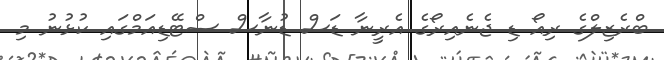
ބްރެޒިލްގެ ރިއޯ ޑި ޖެނެއިރޯގެ އެރީނާ ޑަސް ޑުނާސް ސްޓޭޑިއަމްގައި ކުޅުނު މި